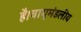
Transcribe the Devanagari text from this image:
है।वायुमंडलीय